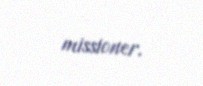
missioner.